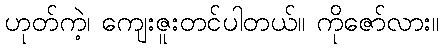
ဟုတ်ကဲ့၊ ကျေးဇူးတင်ပါတယ်။ ကိုဇော်လား။